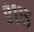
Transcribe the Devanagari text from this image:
९११५